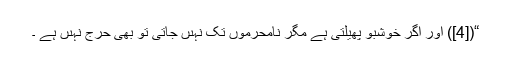
“([4]) اور اگر خوشبو پھیلتی ہے مگر نامحرموں تک نہىں جاتی تو بھی حرج نہىں ہے ۔